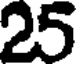
25